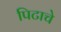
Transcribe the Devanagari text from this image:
पिटाचे